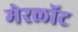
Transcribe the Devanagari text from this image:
मेरलॉट